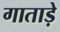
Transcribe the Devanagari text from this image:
गाताड़े